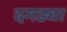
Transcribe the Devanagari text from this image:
दमड्या